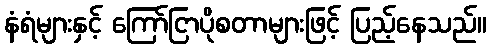
နံရံများနှင့် ကြော်ငြာပိုစတာများဖြင့် ပြည့်နေသည်။